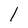
Character: 1